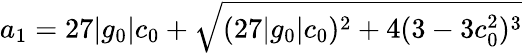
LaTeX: a_{1}=27|g_{0}|c_{0}+\sqrt{(27|g_{0}|c_{0})^{2}+4(3-3c_{0}^{2})^{3}}